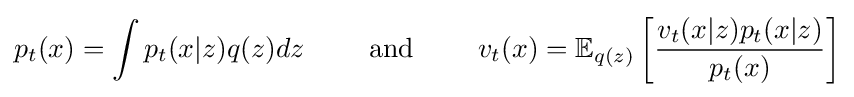
p_{t}(x)=\int p_{t}(x\vert z)q(z)dz\qquad {\text{ and }}\qquad v_{t}(x)=\mathbb {E} _{q(z)}\left[{\frac {v_{t}(x\vert z)p_{t}(x\vert z)}{p_{t}(x)}}\right]